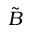
\tilde { B }